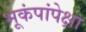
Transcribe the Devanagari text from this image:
भूकंपांपेक्षा